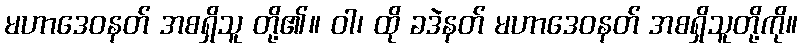
မဟာဒေဝနတ် အစရှိသူ တို့၏။ ဝါ၊ ထို ခဒဲနတ် မဟာဒေဝနတ် အစရှိသူတို့ကို။